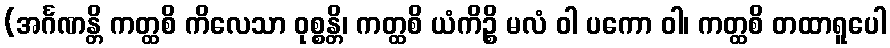
(အင်္ဂဏန္တိ ကတ္ထစိ ကိလေသာ ဝုစ္စန္တိ၊ ကတ္ထစိ ယံကိဉ္စိ မလံ ဝါ ပကော ဝါ၊ ကတ္ထစိ တထာရူပေါ